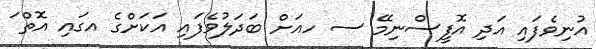
އުނިވެފައި އަދި އޮފީސްނިމޭ ސ ހއަށް ބަދަލުވެފައި އަކަށްގެ އގައި އޮތް ަ